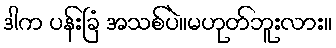
ဒါက ပန်းခြံ အသစ်ပဲ။မဟုတ်ဘူးလား။